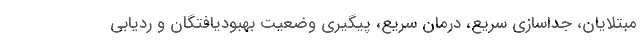
مبتلایان، جداسازی سریع، درمان سریع، پیگیری وضعیت بهبودیافتگان و ردیابی